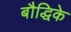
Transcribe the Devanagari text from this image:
बौद्धिके